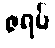
ဇရပ်